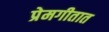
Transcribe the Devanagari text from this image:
प्रेमगीतात